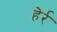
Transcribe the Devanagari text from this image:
हेर्र